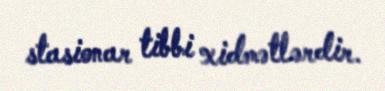
stasionar tibbi xidmətlərdir.